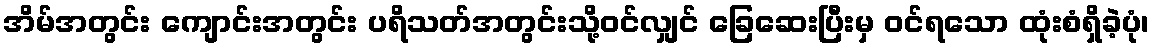
အိမ်အတွင်း ကျောင်းအတွင်း ပရိသတ်အတွင်းသို့ဝင်လျှင် ခြေဆေးပြီးမှ ဝင်ရသော ထုံးစံရှိခဲ့ပုံ၊